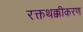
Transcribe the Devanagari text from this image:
रक्तथक्कीकरण